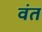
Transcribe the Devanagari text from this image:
वंत